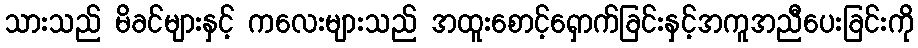
သားသည် မိခင်များနှင့် ကလေးများသည် အထူးစောင့်ရှောက်ခြင်းနှင့်အကူအညီပေးခြင်းကို